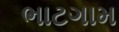
ભાટગામ